Problem: 4 × 7 = ?
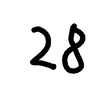
Handwritten answer: 28